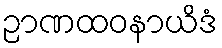
ဉာဏထဝနာယိဒံ